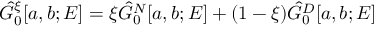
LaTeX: \hat { G } _ { 0 } ^ { \xi } [ a , b ; E ] = \xi \hat { G } _ { 0 } ^ { N } [ a , b ; E ] + ( 1 - \xi ) \hat { G } _ { 0 } ^ { D } [ a , b ; E ]